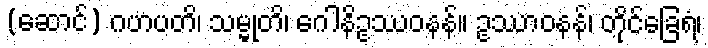
(ဆောင်) ဂဟပတိ၊ သမ္မုတိ၊ ဂေါနိဥဿဝနန်။ ဥဿာဝနန်၊ တိုင်ခြေရံ၊